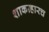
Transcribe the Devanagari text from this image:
शाकाहारच